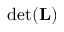
\operatorname* { d e t } ( \mathbf { L } )